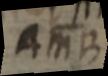
AMB